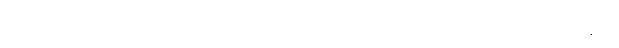
အနာဂတ်မှာ လူ့စွမ်းအား အရင်းအမြစ် ခါးဆက်ပြတ်သွားမှာကို စိုးရိမ်စရာအခြေအနေလို့